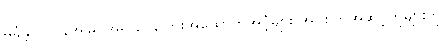
မခံခဲ့ ဂူလန်အမြင်အရ ငွေကြေးအထောက်အပံ့များ အုပ်စုတူအဆင့်တူများကို